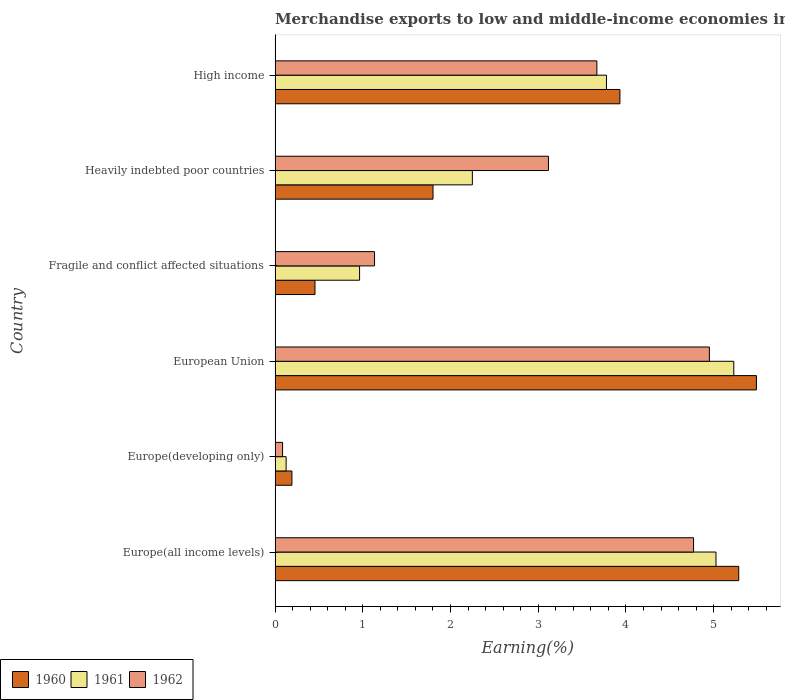
| Country | 1960 | 1961 | 1962 |
 | --- | --- | --- | --- |
 | Europe(all income levels) | 5.29 | 5.03 | 4.77 |
 | Europe(developing only) | 0.192 | 0.126 | 0.0854 |
 | European Union | 5.49 | 5.23 | 4.95 |
 | Fragile and conflict affected situations | 0.455 | 0.963 | 1.13 |
 | Heavily indebted poor countries | 1.8 | 2.25 | 3.12 |
 | High income | 3.93 | 3.78 | 3.67 |